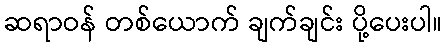
ဆရာဝန် တစ်ယောက် ချက်ချင်း ပို့ပေးပါ။